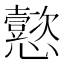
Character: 𫻢